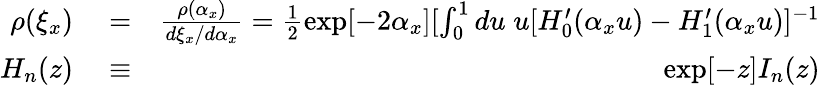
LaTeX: \begin{array}{rlr}{\rho(\xi_{x})}&{{}=}&{\frac{\rho(\alpha_{x})}{d\xi_{x}/d\alpha_{x}}=\frac{1}{2}\exp[-2\alpha_{x}][\int_{0}^{1}du\; u[H_{0}^{\prime}(\alpha_{x}u)-H_{1}^{\prime}(\alpha_{x}u)]^{-1}}\\ {H_{n}(z)}&{{}\equiv}&{\exp[-z]I_{n}(z)}\end{array}